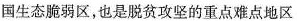
国生态脆弱区，也是脱贫攻坚的重点难点地区